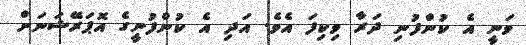
ވަނީ އެ ކުންފުނި ދަރާ ވިކިފަ އެވެ. އަދި އެ ކުންފުނީގެ އޮޕަރޭޝަނަށް